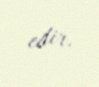
edir.